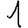
Digit: 1